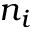
n _ { i }